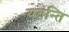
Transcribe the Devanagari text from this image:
यतन्ति